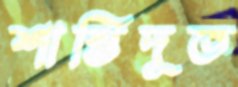
শান্তিদূত